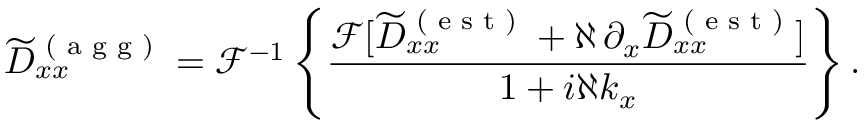
\widetilde { D } _ { x x } ^ { \textrm { ( a g g ) } } = \mathcal { F } ^ { - 1 } \left\{ \frac { \mathcal { F } [ \widetilde { D } _ { x x } ^ { \textrm { ( e s t ) } } + \aleph \, \partial _ { x } \widetilde { D } _ { x x } ^ { \textrm { ( e s t ) } } ] } { 1 + i \aleph k _ { x } } \right\} .